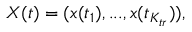
X ( t ) = ( x ( t _ { 1 } ) , . . . , x ( t _ { K _ { t r } } ) ) ,